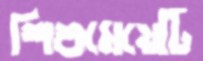
শিশুমেয়েটি